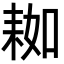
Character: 𦓲